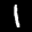
Label: 1